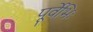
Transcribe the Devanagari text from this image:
पूर्वेभिः